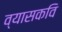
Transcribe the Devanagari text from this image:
व्यासकवि